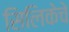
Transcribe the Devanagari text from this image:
सिलिकेचे